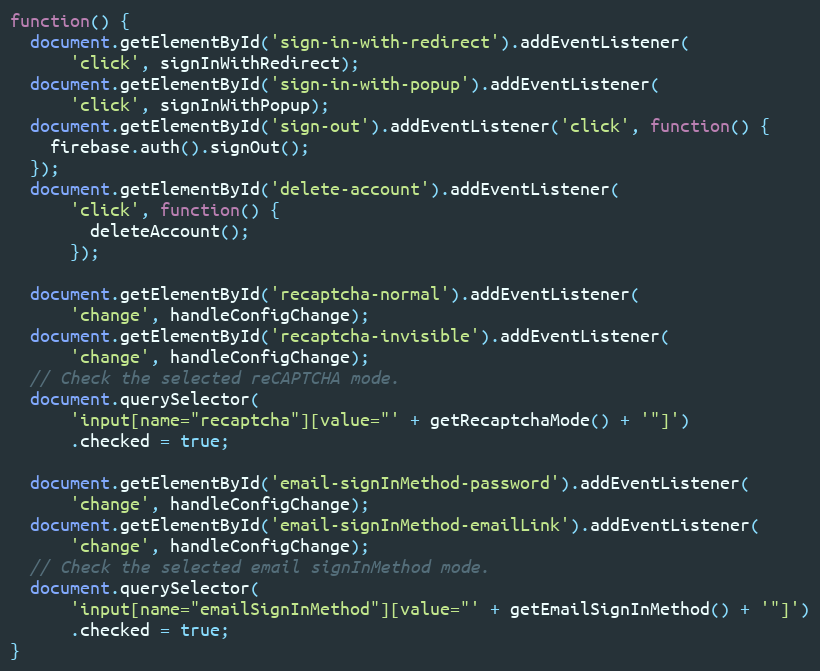
Language: JavaScript
function() {
  document.getElementById('sign-in-with-redirect').addEventListener(
      'click', signInWithRedirect);
  document.getElementById('sign-in-with-popup').addEventListener(
      'click', signInWithPopup);
  document.getElementById('sign-out').addEventListener('click', function() {
    firebase.auth().signOut();
  });
  document.getElementById('delete-account').addEventListener(
      'click', function() {
        deleteAccount();
      });

  document.getElementById('recaptcha-normal').addEventListener(
      'change', handleConfigChange);
  document.getElementById('recaptcha-invisible').addEventListener(
      'change', handleConfigChange);
  // Check the selected reCAPTCHA mode.
  document.querySelector(
      'input[name="recaptcha"][value="' + getRecaptchaMode() + '"]')
      .checked = true;

  document.getElementById('email-signInMethod-password').addEventListener(
      'change', handleConfigChange);
  document.getElementById('email-signInMethod-emailLink').addEventListener(
      'change', handleConfigChange);
  // Check the selected email signInMethod mode.
  document.querySelector(
      'input[name="emailSignInMethod"][value="' + getEmailSignInMethod() + '"]')
      .checked = true;
}